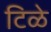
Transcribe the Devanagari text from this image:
टिळे